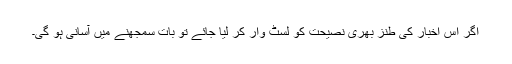
اگر اس اخبار کی طنز بھری نصیحت کو لسٹ وار کر لیا جائے تو بات سمجھنے میں آسانی ہو گی۔